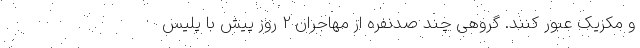
و مکزیک عبور کنند. گروهی چند صدنفره از مهاجران 2 روز پیش با پلیس